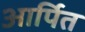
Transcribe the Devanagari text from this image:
आर्पित